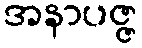
အနာပဇ္ဇ